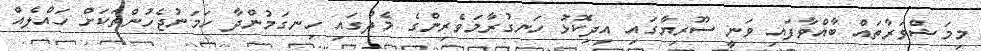
މިމަޝްވަރާތައް ބާއްވާފައި ވަނީ ސޫރިޔާގައި އިދިކޮޅު ހަނގުރާމަވެރިންގެ މެދުގައި ހިނގަމުންދާ ހަމަނުޖެހުންތަކަށް ހައްލެއް